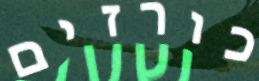
כורזים